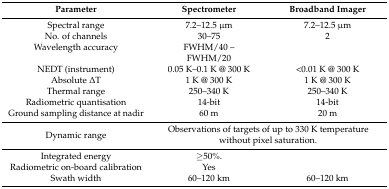
| Parameter | Spectrometer | Broadband Imager |
 | --- | --- | --- |
 | Spectral range | 7.2–12.5 μm | 7.2–12.5 μm |
 | No. of channels | 30–75 | 2 |
 | Wavelength accuracy | FWHM/40 – |  |
 |  | FWHM/20 |  |
 | NEDT (instrument) | 0.05 K–0.1 K @ 300 K | <0.01 K @ 300 K |
 | Absolute ΔT | 1 K @ 300 K | 1 K @ 300 K |
 | Thermal range | 250–340 K | 250–340 K |
 | Radiometric quantisation | 14-bit | 14-bit |
 | Ground sampling distance at nadir | 60 m | 20 m |
 | Dynamic range | <COLSPAN=2> Observations of targets of up to 330 K temperature without pixel saturation. |
 | Integrated energy | ≥50%. |  |
 | Radiometric on-board calibration | Yes |  |
 | Swath width | 60–120 km | 60–120 km |